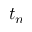
t _ { n }